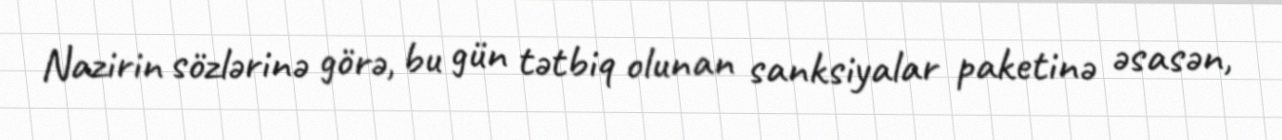
Nazirin sözlərinə görə, bu gün tətbiq olunan sanksiyalar paketinə əsasən,